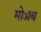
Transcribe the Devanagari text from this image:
मोॲब